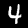
Label: 4